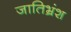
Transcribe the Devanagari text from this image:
जातिभ्रंश